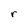
Character: r